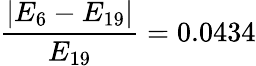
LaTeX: \frac{|E_{6}-E_{19}|}{E_{19}}=0.0434